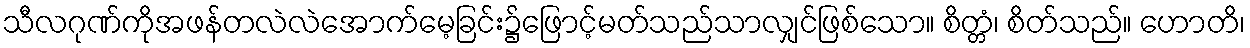
သီလဂုဏ်ကိုအဖန်တလဲလဲအောက်မေ့ခြင်း၌ဖြောင့်မတ်သည်သာလျှင်ဖြစ်သော။ စိတ္တံ၊ စိတ်သည်။ ဟောတိ၊